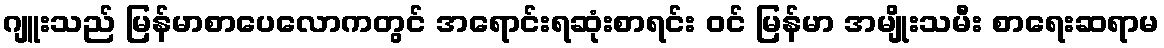
ဂျူးသည် မြန်မာစာပေလောကတွင် အရောင်းရဆုံးစာရင်း ဝင် မြန်မာ အမျိုးသမီး စာရေးဆရာမ